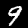
Label: 9